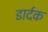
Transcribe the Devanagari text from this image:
डार्दक